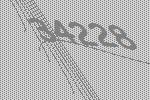
34228